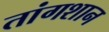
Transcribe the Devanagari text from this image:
तांगशान